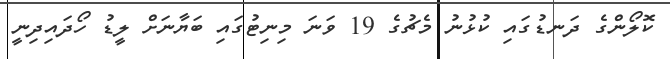
ކޮލޯންގެ ދަނޑުގައި ކުޅުނު މެޗުގެ 19 ވަނަ މިނިޓުގައި ބަޔާނަށް ލީޑު ހޯދައިދިނީ